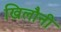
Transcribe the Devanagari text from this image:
खिलौनी